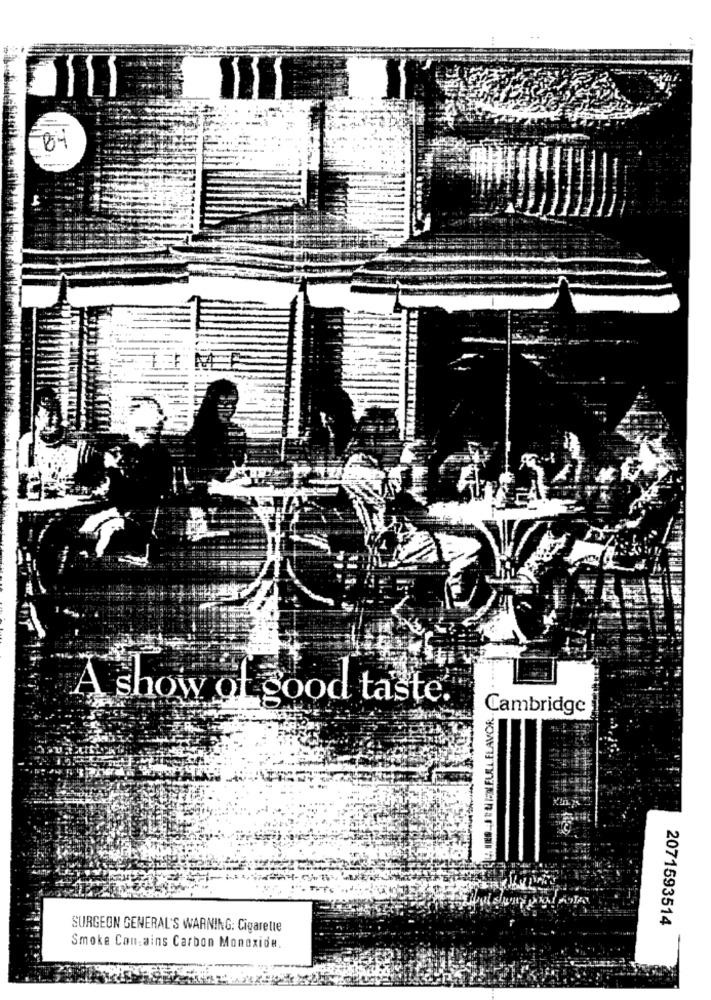
A show of good taste.
PIRES JEUFEUILLELAVOR
Cambridge
2071593514
SURGEON GENERAL'S WARNING: Cigarette
Smoke Contains Carbon Monoxide.